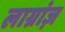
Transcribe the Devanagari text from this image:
लाग्रांज़